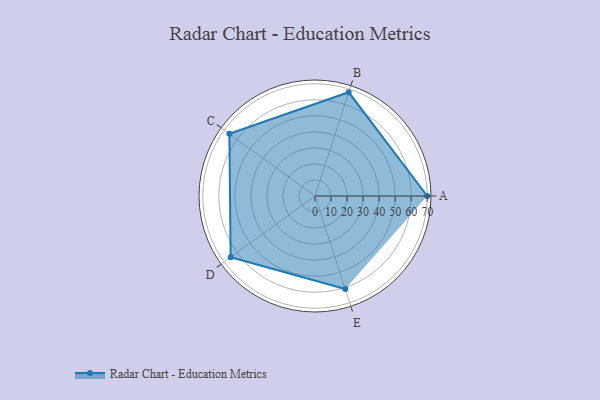
{"axis": {"x": "Skill", "y": "Score"}, "legend": ["Profile"], "data": [{"x": "A", "y": 70.0, "type": "Profile"}, {"x": "B", "y": 68.0, "type": "Profile"}, {"x": "C", "y": 66.0, "type": "Profile"}, {"x": "D", "y": 65.0, "type": "Profile"}, {"x": "E", "y": 61.0, "type": "Profile"}]}